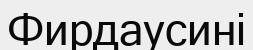
Фирдаусині